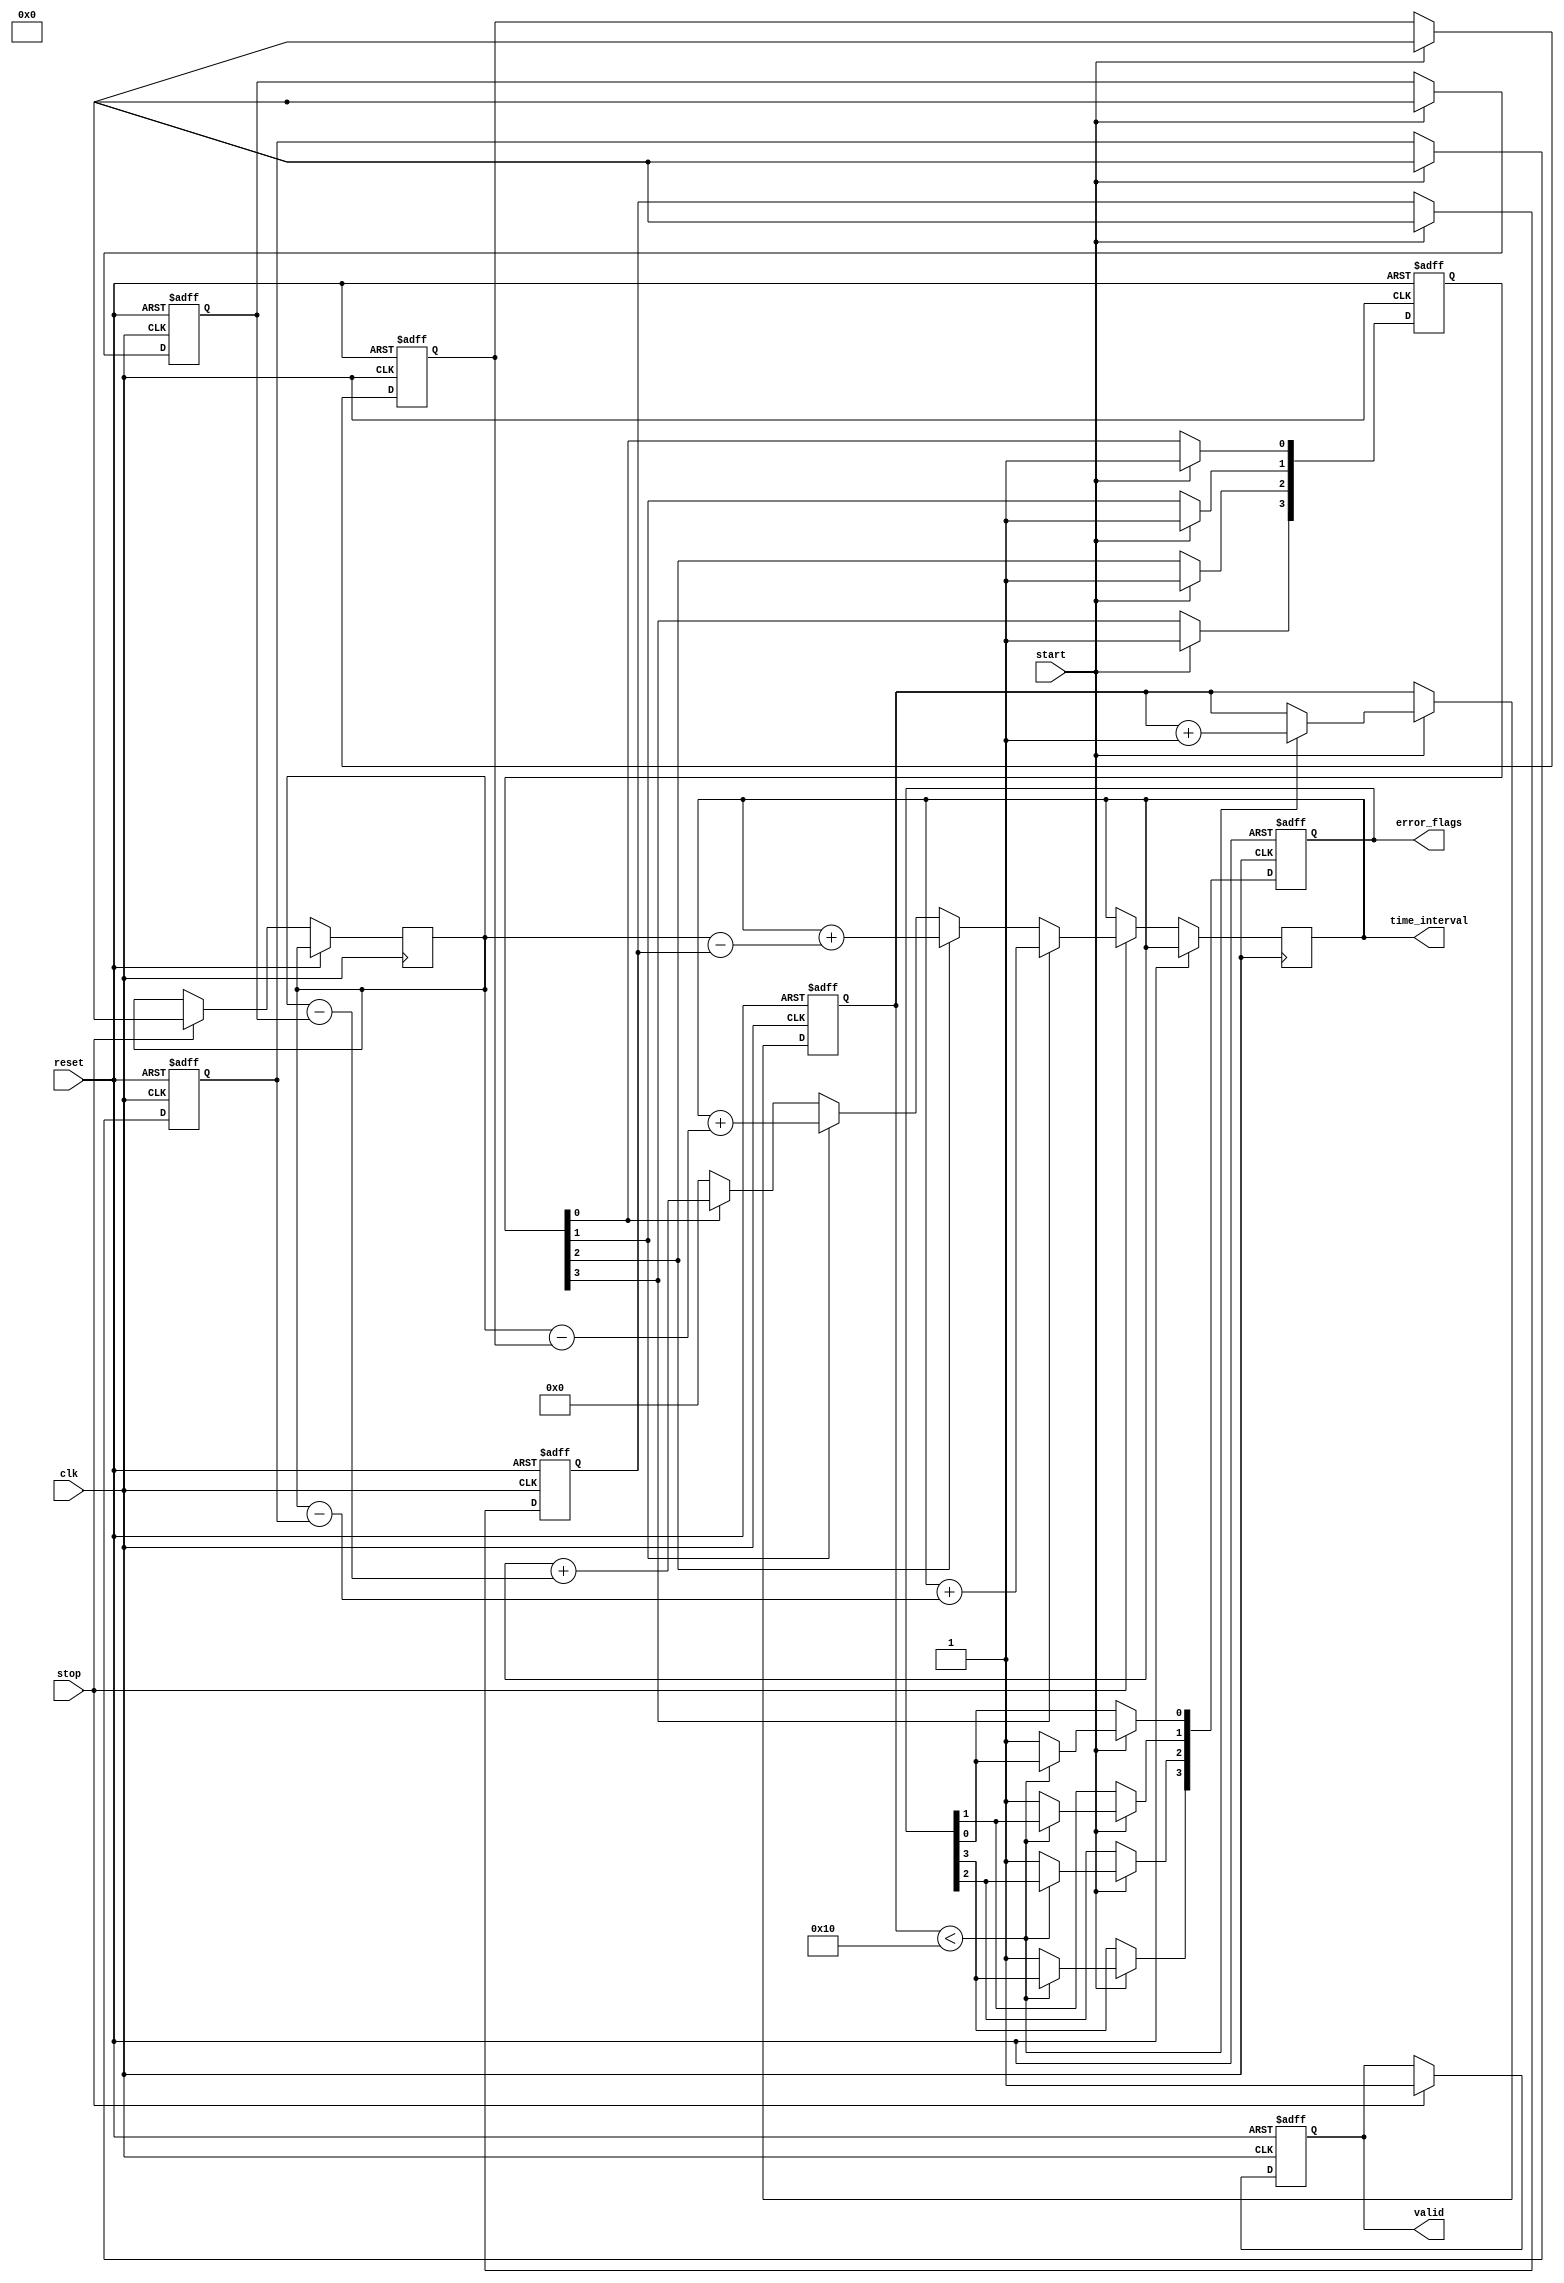
module TDC #(
    parameter NUM_CHANNELS = 4,    // Number of interleaved channels
    parameter DATA_WIDTH = 16,       // Width of timestamp data
    parameter FIFO_DEPTH = 16         // Depth of FIFO for storing timestamps
)(
    input wire clk,                   // Reference clock
    input wire reset,                 // Reset signal
    input wire start,                 // Start event signal
    input wire stop,                  // Stop event signal
    
    output wire [DATA_WIDTH-1:0] time_interval,   // Output time interval measurement
    output wire valid,                 // Output valid flag
    output wire [NUM_CHANNELS-1:0] error_flags      // Error flags for each channel
);

// Internal signals
reg [DATA_WIDTH-1:0] timestamps [NUM_CHANNELS-1:0]; // Timestamps for each channel
reg [DATA_WIDTH-1:0] stop_timestamp;                 // Stop timestamp
reg [NUM_CHANNELS-1:0] channel_valid;                // Valid data from each channel
reg [DATA_WIDTH-1:0] output_time_interval;           // Computed time interval
reg valid_output;                                   // Output valid signal
reg [NUM_CHANNELS-1:0] error_flags_reg;            // Error flags register
integer i;

// FIFO to store timestamps
reg [DATA_WIDTH-1:0] fifo [0:FIFO_DEPTH-1];
integer fifo_write_ptr;
integer fifo_read_ptr;
reg [3:0] fifo_count;

// Capture timestamps from each channel
always @(posedge clk or posedge reset) begin
    if (reset) begin
        for (i = 0; i < NUM_CHANNELS; i = i + 1) begin
            timestamps[i] <= 0;
            channel_valid[i] <= 1'b0;
            error_flags_reg[i] <= 1'b0;
        end
        fifo_write_ptr <= 0;
        fifo_read_ptr <= 0;
        fifo_count <= 0;
        valid_output <= 1'b0;
    end else begin
        if (start) begin
            for (i = 0; i < NUM_CHANNELS; i = i + 1) begin
                // Sample the current timestamp for the corresponding channel
                timestamps[i] <= $time;  // Replace with actual timestamp capture logic
                channel_valid[i] <= 1'b1; // Mark this channel as valid
                
                // Write timestamp to FIFO
                if (fifo_count < FIFO_DEPTH) begin
                    fifo[fifo_write_ptr] <= timestamps[i];
                    fifo_write_ptr <= (fifo_write_ptr + 1) % FIFO_DEPTH;
                    fifo_count <= fifo_count + 1;
                end else begin
                    error_flags_reg[i] <= 1'b1; // Indicate overflow error
                end
            end
        end

        if (stop) begin
            stop_timestamp <= $time; // Capture stop timestamp
            
            // Compute time interval after stop signal
            output_time_interval <= 0; // Reset interval
            for (i = 0; i < NUM_CHANNELS; i = i + 1) begin
                if (channel_valid[i]) begin
                    output_time_interval <= output_time_interval + (stop_timestamp - timestamps[i]);
                end
            end
            valid_output <= 1'b1; // Mark output as valid
        end
    end
end

// Output logic
assign time_interval = output_time_interval;
assign valid = valid_output;
assign error_flags = error_flags_reg;

endmodule